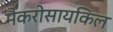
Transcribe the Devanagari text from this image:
मैकरोसायकिल